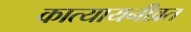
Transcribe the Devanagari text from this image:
कात्यायनीव्रत